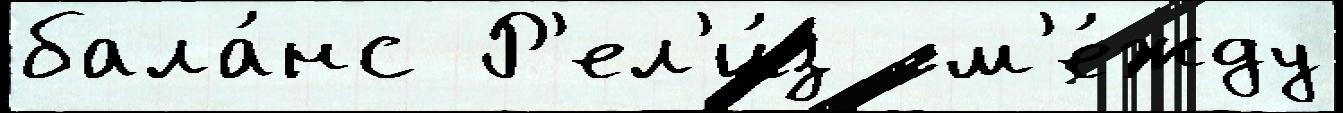
бала́нс Р'ел'и́з  м'е́жду